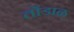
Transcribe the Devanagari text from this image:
तोंडाळ